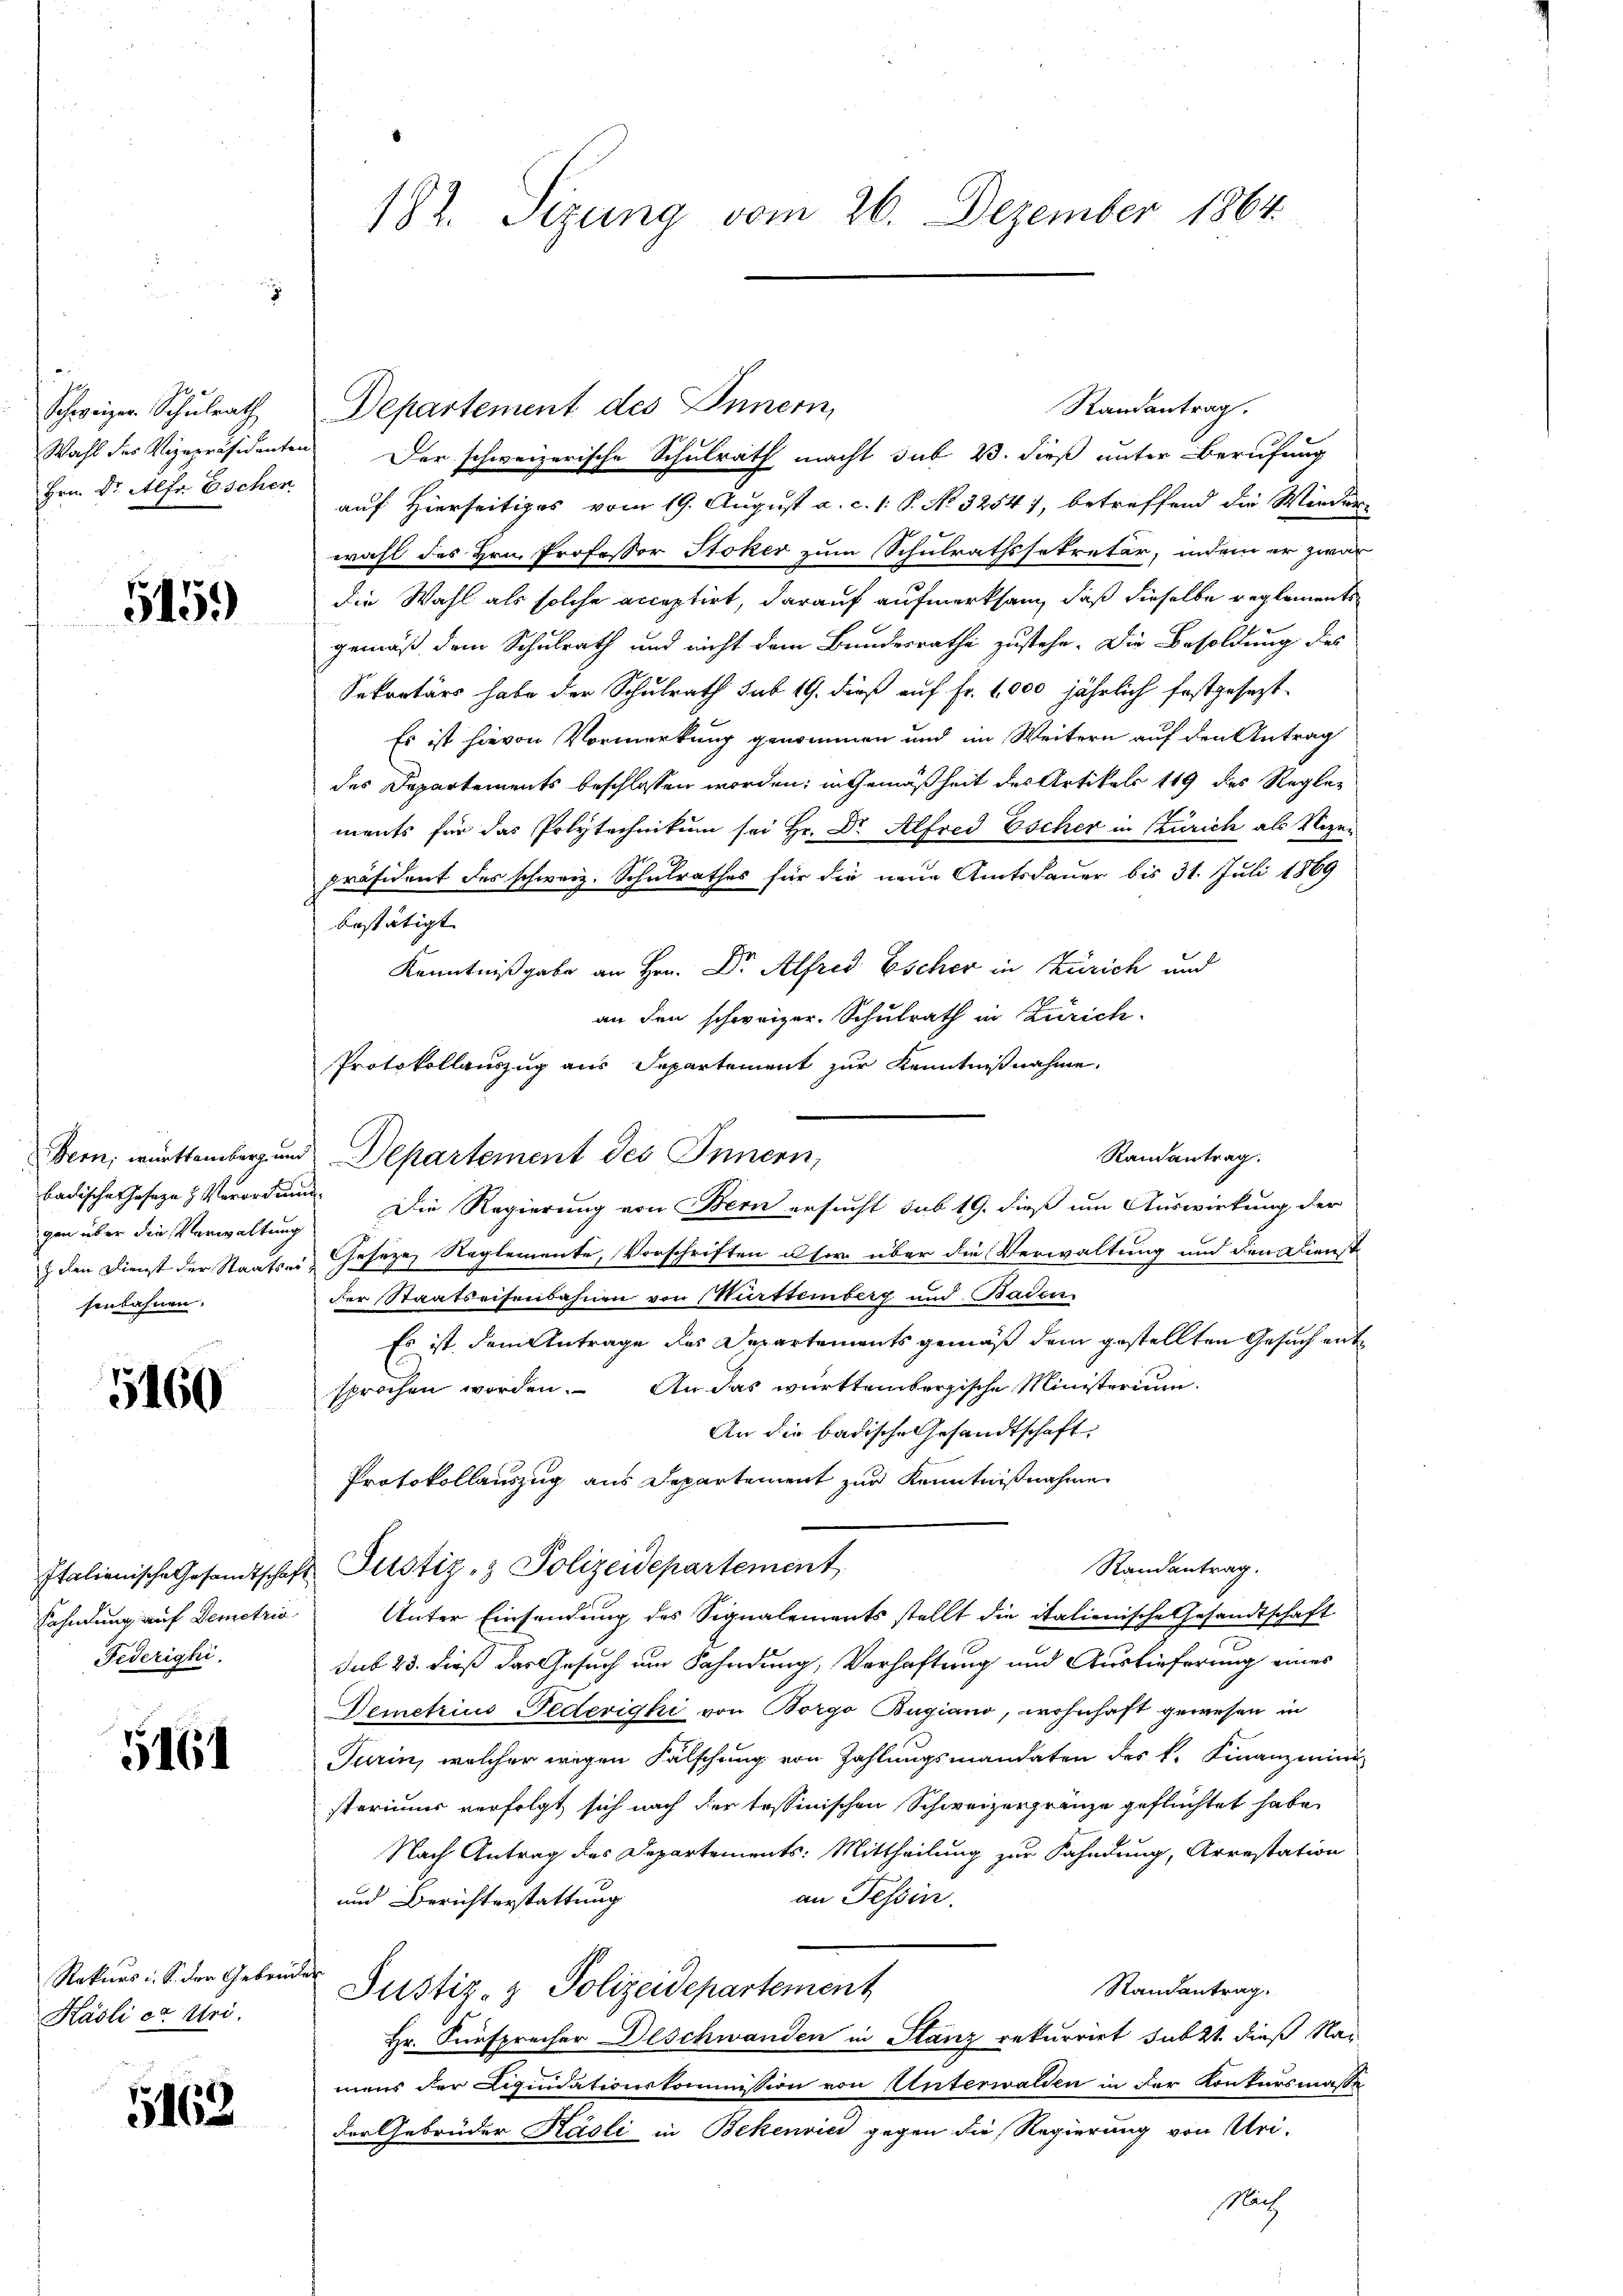
5459

5160

Fahndung auf Demetrie
Federighi

5161

Rekurs i. S. der Gebrüder
Kasli et. Uri.

5163

.

Schweizer Schulrath,
Hrn. Dr. Alfr Eschen

badisches Joseze & Verordnung
gen über die Verwaltung
senbahnen.

Randantrag.
Wahl des Vizepräsidenten. Der schweizerische Schulrath macht sub 23. dieß unter Berufung
auf Hierseitiges vom 19. August a. c. 1. P. No 32547, betreffend die Wieder-
wahl des Hrn. Professor Stoker zum Schulrathssekretär, indem er zwar
die Wahl als solche acceptirt, darauf aufmerksam, daß dieselbe reglements
gemäß dem Schulrath und nicht dem Bundesrathe zustehe. Die Besoldung des
Sekretärs habe der Schulrath sub 19. dieß auf Fr. 1,000 jährlich festgesezt
Es ist hievon Vormerkung genommen und im Weitern auf den Antrag
des Departements beschlossen worden; in Gemäßheit des Artikels 119 des Reglements für das Polytechnikum sei Hr. Dr. Alfred Escher in Zürich als Vize-
Präsident des schweiz. Schulrathes für die neue Amtsdauer bis 31. Juli 1869
bestätigt |
Kenntnißgabe an Hrn. Dr. Alfred Escher in Zürich und
an den schweizer. Schulrath in Zürich
Protokollauszug aus Departement zur Kenntnißnahme
Randantrag.
Bern, württemberg und Departement des Innern,
 den Dienst der Staatser Geseze Reglemente, Vorschriften user über die Verwaltung und den Dienst
der Staatseifenbahnen von Murttemberg und Baden
Es ist dem Antrage des Departements gemäß dem gestellten Gesuch entsprochen worden. An das württembergische Ministerium.
An die badische Gesandtschaft,
Protokollauszug aus Departement zur Kenntnißnahme
Randantrag.
Italienische Gesamtschaft Justiz- & Polizeidepartement
Unter Einsendung des Signalements stellt die italienische Gesandtschaft
sub 25. dieß das Gesuch um Fahndung, Verhaftung und Auslieferung eines
Demetrius Federigki von Borgo Bugiano, wohnhaft gewesen in
Turin, welcher wegen Fälschung von Zahlungsmandaten des k. Finanzmini
steriums verfolgt sich nach der tessinischen Schweizerfranze geflüchtet habe.
Nach Antrag des Departements: Mittheilung zur Fahndung, Arrestation
an Tessin.
und Berichterstattung
Randantrag.
Justiz- & Polizeidepartement
Hr. Fürsprecher Deschwanden in Stanz rekurrirt subst dieß Nai
mens der Liquidationskommission von Unterwalden in der Konkursmasse
der Gebrüder Käsli in Bekenvici gegen die Regierung von Uri-
Mlach

182. Sizung vom 26. Dezember 1864.

Departement des Innern,

Die Regierung von Bern ersucht sub 19. dieß um Auswirkung der